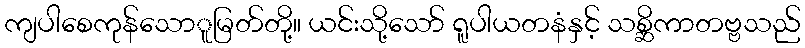
ကျပါစေကုန်သောူမြတ်တို့။ ယင်းသို့သော် ရူပါယတနံနှင့် သစ္ဆိကာတဗ္ဗသည်